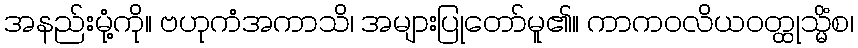
အနည်းမုံ့ကို။ ဗဟုကံအကာသိ၊ အများပြုတော်မူ၏။ ကာကဝလိယဝတ္ထုသ္မိံစ၊